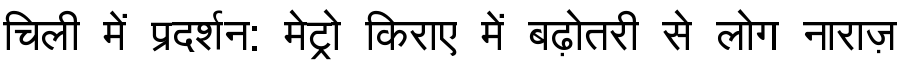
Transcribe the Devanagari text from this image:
चिली में प्रदर्शन: मेट्रो किराए में बढ़ोतरी से लोग नाराज़